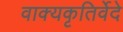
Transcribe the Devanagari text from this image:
वाक्यकृतिर्वेदे